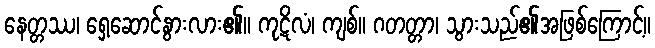
နေတ္တဿ၊ ရှေ့ဆောင်နွားလား၏။ ကုဋိလံ၊ ကျစ်။ ဂတတ္တာ၊ သွားသည်၏အဖြစ်ကြောင့်။